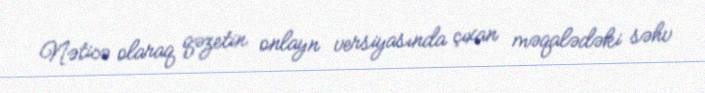
Nəticə olaraq qəzetin onlayn versiyasında çıxan məqalədəki səhv